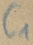
Text: C1